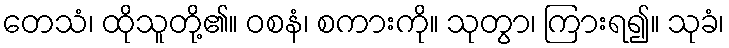
တေသံ၊ ထိုသူတို့၏။ ဝစနံ၊ စကားကို။ သုတွာ၊ ကြားရ၍။ သုခံ၊